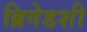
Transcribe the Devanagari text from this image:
ब्रिगेडशी